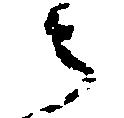
う